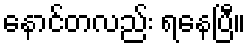
နောင်တလည်း ရနေပြီ။